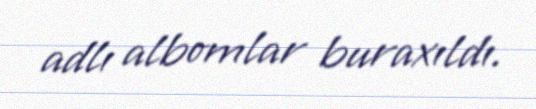
adlı albomlar buraxıldı.